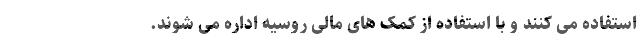
استفاده می کنند و با استفاده از کمک های مالی روسیه اداره می شوند.